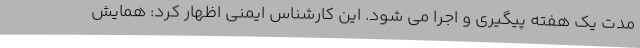
مدت یک هفته پیگیری و اجرا می شود. این کارشناس ایمنی اظهار کرد: همایش